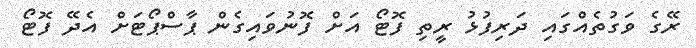
ރޭގެ ވަގުތެއްގައި ދަރިފުޅު ރީތި ފޮޓޯ އަށް ފޮނުވައިގެން ޕާސްޕޯޓަށް އެދޭ ފޮޓޯ